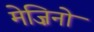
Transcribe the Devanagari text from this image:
मेज़िनो